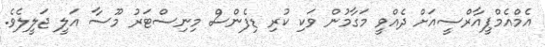
އެމްއެމްޕީއާރްސީއަށް ދެއްވީ މަގާމުން ވަކި ކުރި ޑިފެންސް މިނިސްޓަރު މޫސާ އަލީ ޖަލީލެވެ.